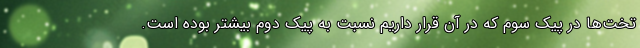
تخت‌ها در پیک سوم که در آن قرار داریم نسبت به پیک دوم بیشتر بوده است.